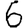
Digit: 6